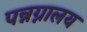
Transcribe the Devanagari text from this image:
पन्नग्नालय